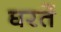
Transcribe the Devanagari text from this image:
घरतें